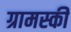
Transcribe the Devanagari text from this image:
ग्रामस्की